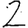
Digit: 2